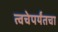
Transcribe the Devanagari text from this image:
त्वचेपर्यंतचा